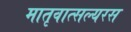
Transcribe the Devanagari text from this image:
मातृवात्सल्यरस